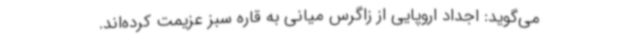
می‌گوید: اجداد اروپایی‌ از زاگرس میانی به قاره سبز عزیمت کرده‌اند.